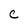
Character: c